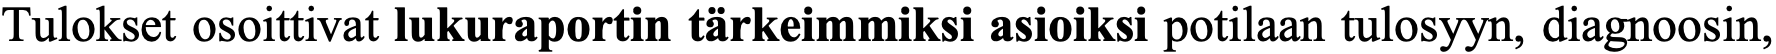
Tulokset osoittivat lukuraportin tärkeimmiksi asioiksi potilaan tulosyyn, diagnoosin,